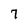
Character: 7